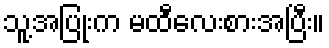
သူ့အပြုံးက မထီလေးစားအပြီး။